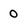
Character: o